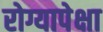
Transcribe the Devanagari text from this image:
रोग्यापेक्षा